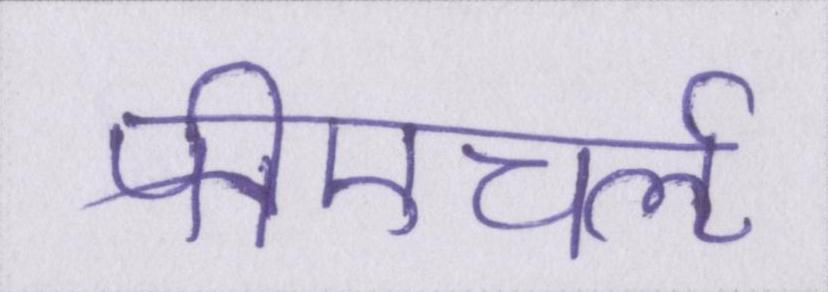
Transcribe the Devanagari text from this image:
पीएचर्ऌ